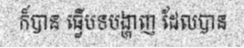
ក៏បាន ធ្វើបទបង្ហាញ ដែលបាន